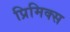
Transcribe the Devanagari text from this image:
प्रिमिक्स